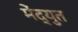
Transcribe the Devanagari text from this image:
मेंद्युत